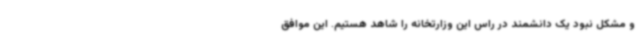
و مشکل نبود یک دانشمند در راس این وزارتخانه را شاهد هستیم. این موافق